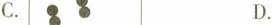
C. D.